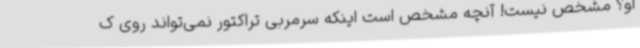
او؟ مشخص نیست! آنچه مشخص است اینکه سرمربی تراکتور نمی‌تواند روی ک